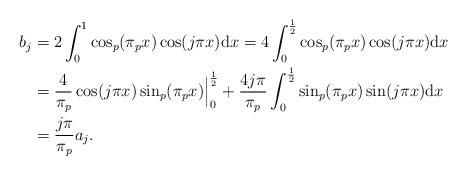
LaTeX: \begin{align*} b_j&=2\int_0^1 \cos_p(\pi_p x) \cos(j \pi x) \mathrm{d}x=4\int_0^{\frac 1 2} \cos_p(\pi_p x) \cos(j \pi x) \mathrm{d}x\\ &=\frac{4}{\pi_p}\cos(j \pi x) \sin_p(\pi_p x)\Big\vert_0^\frac12+\frac{4j \pi}{\pi_p}\int_0^\frac1 2 \sin_p(\pi_p x) \sin(j \pi x) \mathrm{d}x\\ &=\frac{j\pi}{\pi_p} a_j.\end{align*}